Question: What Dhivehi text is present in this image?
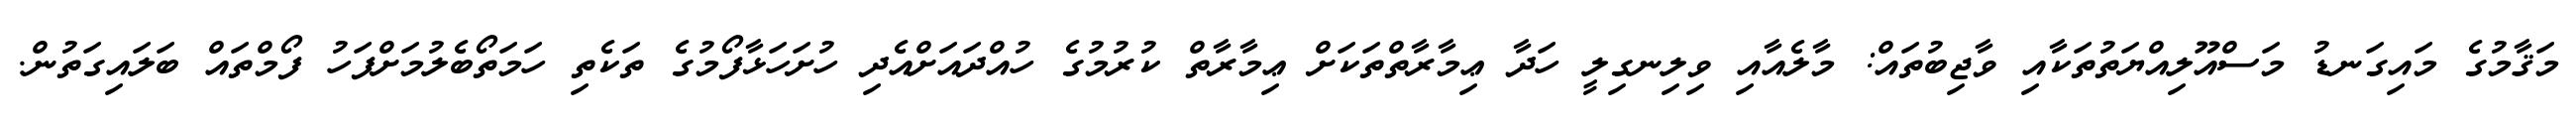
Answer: މަޤާމުގެ މައިގަނޑު މަސްއޫލިއްޔަތުތަކާއި ވާޖިބުތައް: މާލެއާއި ވިލިނގިލީ ހަދާ ޢިމާރާތްތަކަށް ޢިމާރާތް ކުރުމުގެ ހުއްދައަށްއެދި ހުށަހަޅާފޯމުގެ ތަކެތި ހަމަތޯބެލުމަށްފަހު ފޯމްތައް ބަލައިގަތުން.